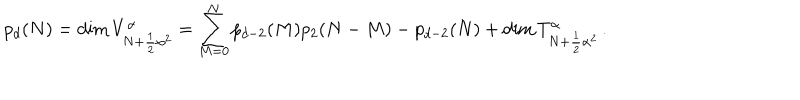
LaTeX: p _ { d } ( N ) = \mathrm { d i m } \, V _ { N + \frac { 1 } { 2 } { \alpha } ^ { 2 } } ^ { \alpha } = \sum _ { M = 0 } ^ { N } p _ { d - 2 } ( M ) p _ { 2 } ( N - M ) - p _ { d - 2 } ( N ) + \mathrm { d i m } \, T _ { N + \frac { 1 } { 2 } { \alpha } ^ { 2 } } ^ { \alpha } \, .